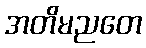
အတိမညတေ